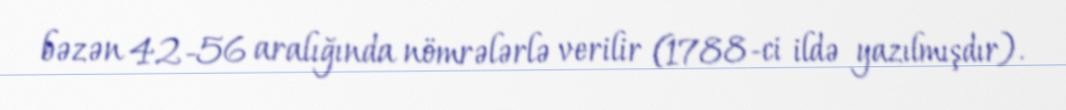
bəzən 42-56 aralığında nömrələrlə verilir (1788-ci ildə yazılmışdır).